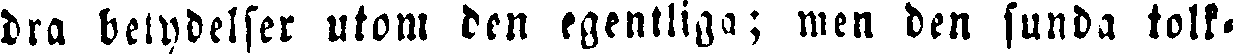
dra betydelser utom den egentliga; men den sunda tolk-